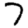
Digit: 7